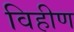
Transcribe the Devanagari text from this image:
विहीण